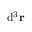
\mathrm { d } ^ { 3 } \mathbf { r }